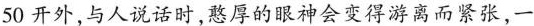
50开外，与人说话时，憨厚的眼神会变得游离而紧张，一